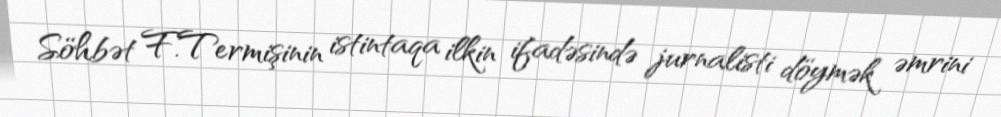
Söhbət F.Termişinin istintaqa ilkin ifadəsində jurnalisti döymək əmrini